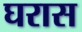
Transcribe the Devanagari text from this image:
घरास